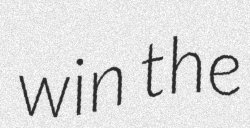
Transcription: win the